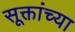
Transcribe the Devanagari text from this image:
सूक्तांच्या